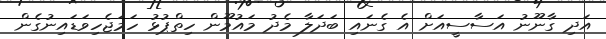
އަދި ގާނޫނު އަސާސީއަށް އެ ގެނައި ބަދަލާ މެދު މައުމޫން ހިތްޕުޅު ހަމަޖެހިވަޑައިނުގެން